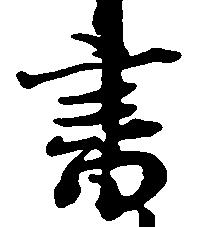
書